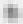
面